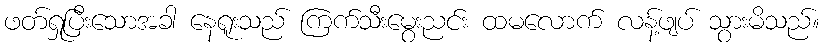
ဖတ်ရှုပြီးသောအခါ နေရူးသည် ကြက်သီးမွေးညင်း ထမလောက် လန့်ဖျပ် သွားမိသည်။